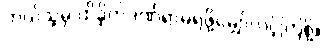
ဘယ်သူမှ ထိခိုက်ဒဏ်ရာမရဖို့မျှော်လင့်ကြစို့။